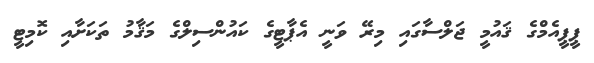
ޕީޕީއެމްގެ ޤައުމީ ޖަލްސާގައި މިރޭ ވަނީ އެޕާޓީގެ ކައުންސިލްގެ މަޤާމު ތަކަށާއި ކޮމިޓީ